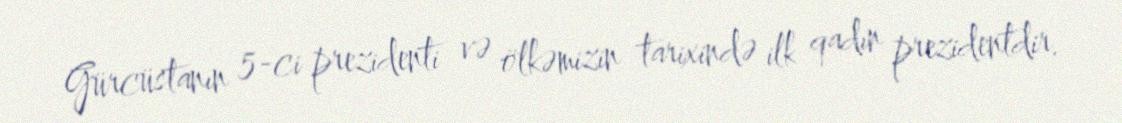
Gürcüstanın 5-ci prezidenti və ölkəmizin tarixində ilk qadın prezidentdir.